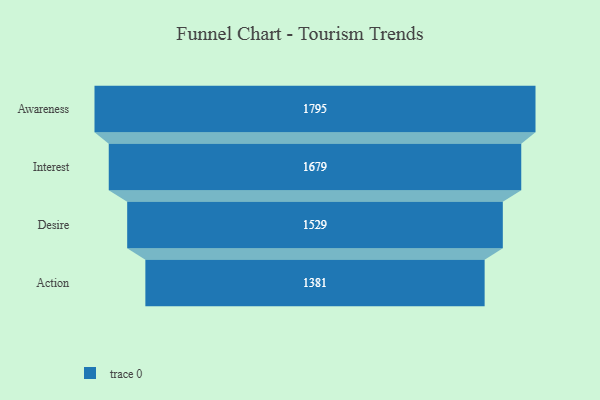
{"axis": {"x": "Stage", "y": "Value"}, "legend": [""], "data": [{"x": "Awareness", "y": 1795.0, "type": ""}, {"x": "Interest", "y": 1679.0, "type": ""}, {"x": "Desire", "y": 1529.0, "type": ""}, {"x": "Action", "y": 1381.0, "type": ""}]}